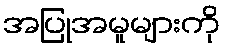
အပြုအမူများကို